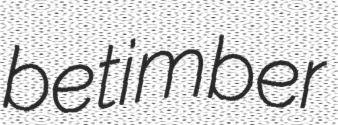
betimber